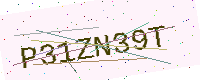
Text: P31ZN39T